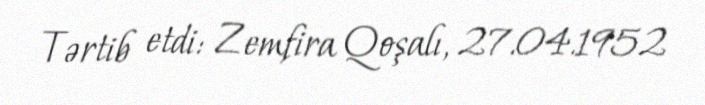
Tərtib etdi: Zemfira Qoşalı, 27.04.1952